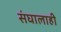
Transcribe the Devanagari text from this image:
संघालाही